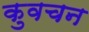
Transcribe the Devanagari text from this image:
कुवचन